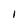
Character: I